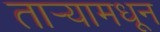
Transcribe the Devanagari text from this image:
तार्‍यामधून